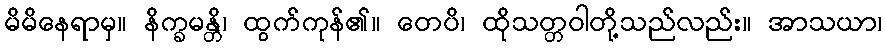
မိမိနေရာမှ။ နိက္ခမန္တိ၊ ထွက်ကုန်၏။ တေပိ၊ ထိုသတ္တဝါတို့သည်လည်း။ အာသယာ၊